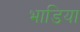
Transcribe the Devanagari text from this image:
भाडिया